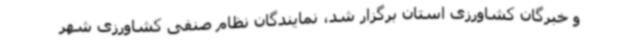
و خبرگان کشاورزی استان برگزار شد، نمایندگان نظام صنفی کشاورزی شهر